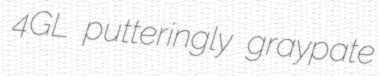
4GL putteringly graypate